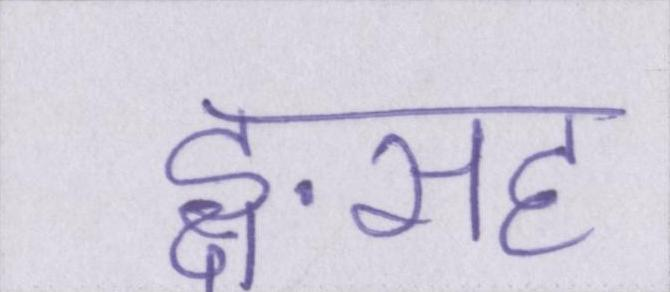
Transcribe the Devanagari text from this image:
ङ्क्षसह